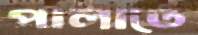
পালাতে